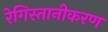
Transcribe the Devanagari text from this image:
रेगिस्तानीकरण